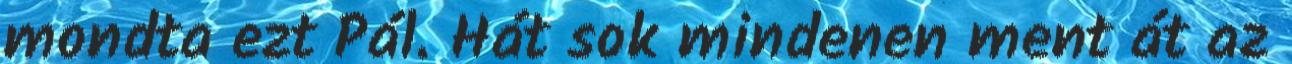
mondta ezt Pál. Hát sok mindenen ment át az